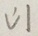
\downarrow 1